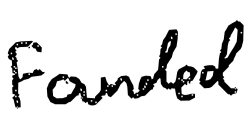
Text: Founded
Cross-out: clean
Writing tool: digital_black